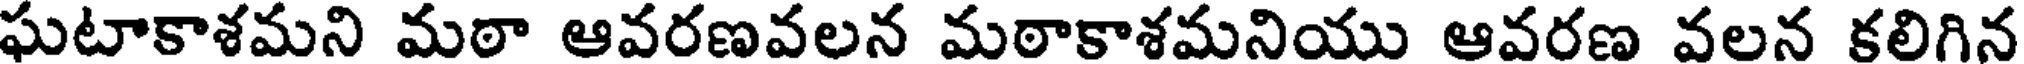
ఘటాకాశమని మఠా ఆవరణవలన మఠాకాశమనియు ఆవరణ వలన కలిగిన